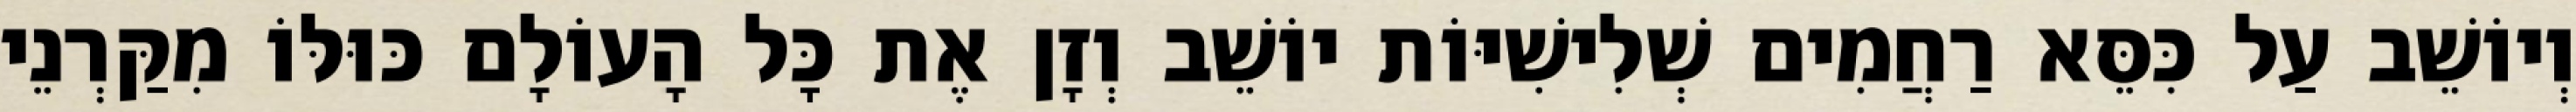
וְיוֹשֵׁב עַל כִּסֵּא רַחֲמִים שְׁלִישִׁיּוֹת יוֹשֵׁב וְזָן אֶת כָּל הָעוֹלָם כּוּלּוֹ מִקַּרְנֵי